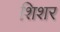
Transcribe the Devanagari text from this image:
शिशर